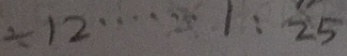
\div 1 2 \cdots 1 : 2 5